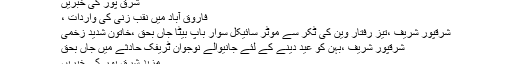
شرق پور کی خبریں
فاروق آباد میں نقب زنی کی واردات ،
ْشرقپور شریف ،تیز رفتار وین کی ٹکر سے موٹر سائیکل سوار باپ بیٹا جاں بحق ،خاتون شدید زخمی
شرقپور شریف ،بہن کو عید دینے کے لئے جانیوالے نوجوان ٹریفک حادثے میں جاں بحق
مزید شرق پور کی خبریں